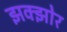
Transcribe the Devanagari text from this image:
झक्झोर